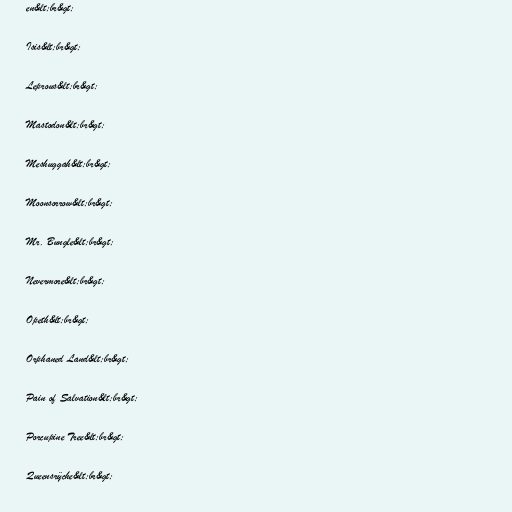
en&lt;br&gt;

Isis&lt;br&gt;

Leprous&lt;br&gt;

Mastodon&lt;br&gt;

Meshuggah&lt;br&gt;

Moonsorrow&lt;br&gt;

Mr. Bungle&lt;br&gt;

Nevermore&lt;br&gt;

Opeth&lt;br&gt;

Orphaned Land&lt;br&gt;

Pain of Salvation&lt;br&gt;

Porcupine Tree&lt;br&gt;

Queensrÿche&lt;br&gt;